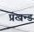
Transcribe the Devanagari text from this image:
प्रखन्ड